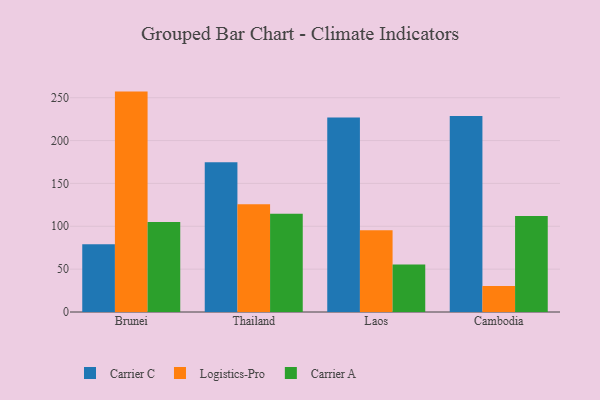
{"axis": {"x": "Country", "y": "Revenue (USD Million)"}, "legend": ["Carrier A", "Carrier C", "Logistics-Pro"], "data": [{"x": "Brunei", "y": 78.9, "type": "Carrier C"}, {"x": "Brunei", "y": 257.1, "type": "Logistics-Pro"}, {"x": "Brunei", "y": 105.1, "type": "Carrier A"}, {"x": "Thailand", "y": 174.6, "type": "Carrier C"}, {"x": "Thailand", "y": 125.7, "type": "Logistics-Pro"}, {"x": "Thailand", "y": 114.5, "type": "Carrier A"}, {"x": "Laos", "y": 227.0, "type": "Carrier C"}, {"x": "Laos", "y": 95.3, "type": "Logistics-Pro"}, {"x": "Laos", "y": 55.3, "type": "Carrier A"}, {"x": "Cambodia", "y": 228.5, "type": "Carrier C"}, {"x": "Cambodia", "y": 30.2, "type": "Logistics-Pro"}, {"x": "Cambodia", "y": 111.9, "type": "Carrier A"}]}